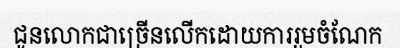
ជូនលោកជាច្រើនលើកដោយការរួមចំណែក